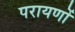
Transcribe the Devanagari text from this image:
परायणों